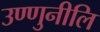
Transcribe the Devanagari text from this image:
उण्णुनीलि